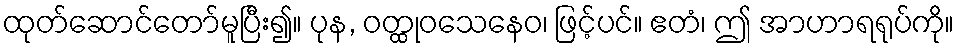
ထုတ်ဆောင်တော်မူပြီး၍။ ပုန, ဝတ္ထုဝသေနေဝ၊ ဖြင့်ပင်။ ဧတံ၊ ဤ အာဟာရရုပ်ကို။